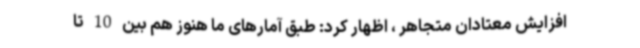
افزایش معتادان متجاهر ، اظهار کرد: طبق آمارهای ما هنوز هم بین 10 تا